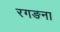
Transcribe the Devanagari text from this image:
रगङना